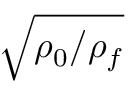
\sqrt { \rho _ { 0 } / \rho _ { f } }